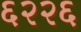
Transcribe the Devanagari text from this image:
६२२६